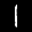
Label: 1